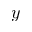
y